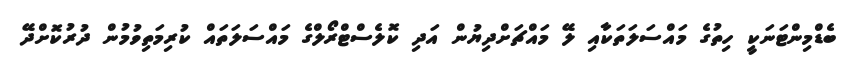
ބެޑްމިންޓަނަކީ ހިތުގެ މައްސަލަތަކާއި ލޭ މައްޗަށްދިޔުން އަދި ކޮލެސްޓްރޯލްގެ މައްސަލަތައް ކުރިމަތިވުމުން ދުރުކޮށްދޭ